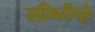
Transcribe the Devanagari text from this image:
समितीपुढे